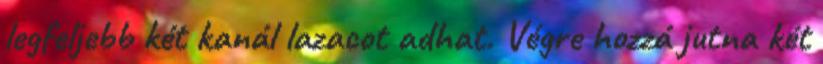
legfeljebb két kanál lazacot adhat. Végre hozzá jutna két